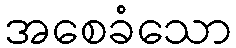
အစေခံသော